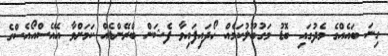
ގިނަ ބައެއްގެ މެދުގައި ބޮޑު މަގުބޫލުކަމެއް ހޯދައިފައިވާ ފެޝަން ބްރޭންޑެެއްް ކަމަށްވާ އޭއެސްއޯއެސްގެ